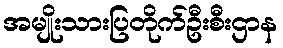
အမျိုးသားပြတိုက်ဦးစီးဌာန